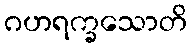
ဂဟရက္ခသောတိ